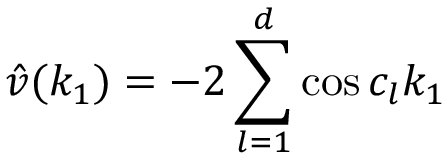
\hat { v } ( k _ { 1 } ) = - 2 \sum _ { l = 1 } ^ { d } \cos c _ { l } k _ { 1 }